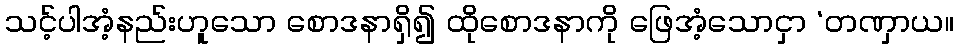
သင့်ပါအံ့နည်းဟူသော စောဒနာရှိ၍ ထိုစောဒနာကို ဖြေအံ့သောငှာ ‘တဏှာယ။